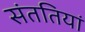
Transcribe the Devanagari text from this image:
संततियां